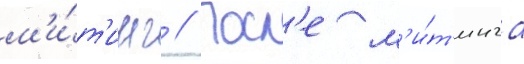
м'и́т'инг // Посл'е м'и́т'инга